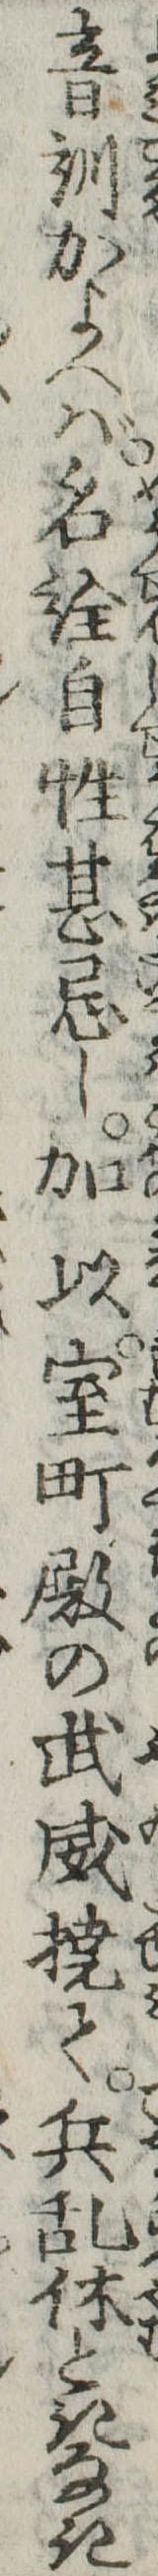
音訓かよへば名詮自性甚忌し加以室町殿の武威撓て兵乱休ときなき